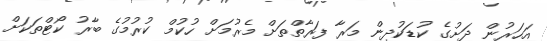
އަހަރުން ދަށުގެ ކުޑަކުދިން މަރާ ފަރާތްތަށް މެރުމަށް ހުކުމް ކުރުމުގެ ބާރު ކޯޓްތަކަށް